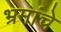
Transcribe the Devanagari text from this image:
भ्रमांचे